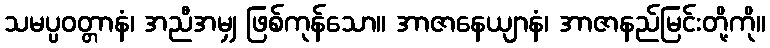
သမပ္ပဝတ္တာနံ၊ အညီအမျှ ဖြစ်ကုန်သော။ အာဇာနေယျာနံ၊ အာဇာနည်မြင်းတို့ကို။